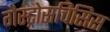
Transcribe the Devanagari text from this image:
गैस्ट्रोसचिसिस